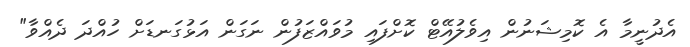
އެދުނީމާ އެ ކޮމިޝަނުން އިވެލުއޭޓް ކޮށްފައި މުވައްޒަފުން ނަގަން އަޅުގަނޑަށް ހުއްދަ ދެއްވާ"